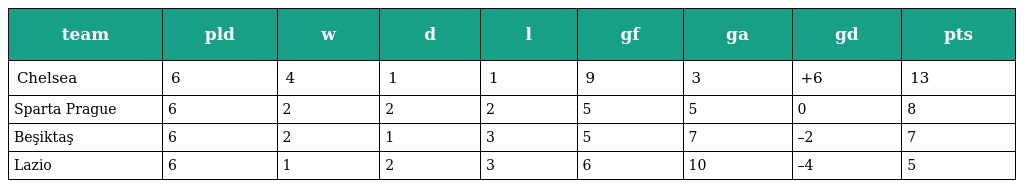
| team | pld | w | d | l | gf | ga | gd | pts |
 | --- | --- | --- | --- | --- | --- | --- | --- | --- |
 | Chelsea | 6 | 4 | 1 | 1 | 9 | 3 | +6 | 13 |
 | Sparta Prague | 6 | 2 | 2 | 2 | 5 | 5 | 0 | 8 |
 | Beşiktaş | 6 | 2 | 1 | 3 | 5 | 7 | –2 | 7 |
 | Lazio | 6 | 1 | 2 | 3 | 6 | 10 | –4 | 5 |